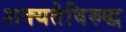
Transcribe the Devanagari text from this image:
शक्यतेविरुद्ध